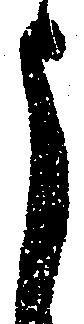
申